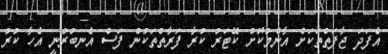
އެފަދަ ޖާފަތްތަކަށް އާންމުކޮށް ކޭޓަރު ކުރާ ފަރާތްތަކުން ފަސް އެނބުރުނީ އެހާ ކުރު